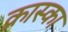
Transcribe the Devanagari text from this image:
क्रास्का